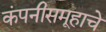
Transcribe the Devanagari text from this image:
कंपनीसमूहाचे